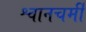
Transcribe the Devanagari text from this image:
श्वानचर्मी